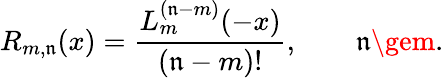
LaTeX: R_{m,\mathfrak{n}}(x)=\frac{{L_{m}^{(\mathfrak{n}-m)}(-x)}}{{(\mathfrak{n}-m)!}},\qquad\mathfrak{n}\gem.